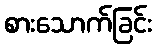
စားသောက်ခြင်း